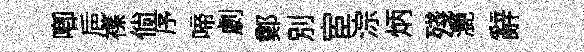
唧巵襍倘序啼劇鄭別宦淙炳殘灔辭